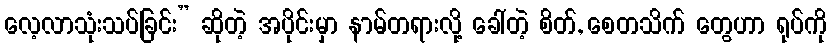
လေ့လာသုံးသပ်ခြင်း” ဆိုတဲ့ အပိုင်းမှာ နာမ်တရားလို့ ခေါ်တဲ့ စိတ်, စေတသိက် တွေဟာ ရုပ်ကို